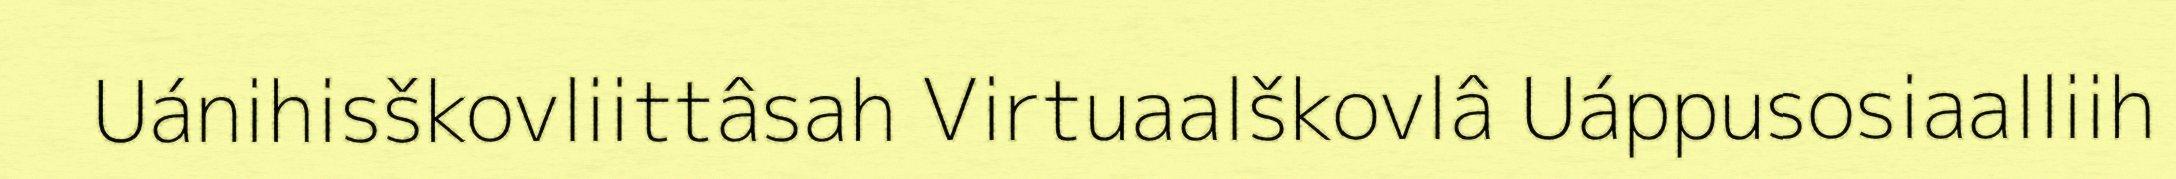
Uánihisškovliittâsah Virtuaalškovlâ Uáppusosiaalliih